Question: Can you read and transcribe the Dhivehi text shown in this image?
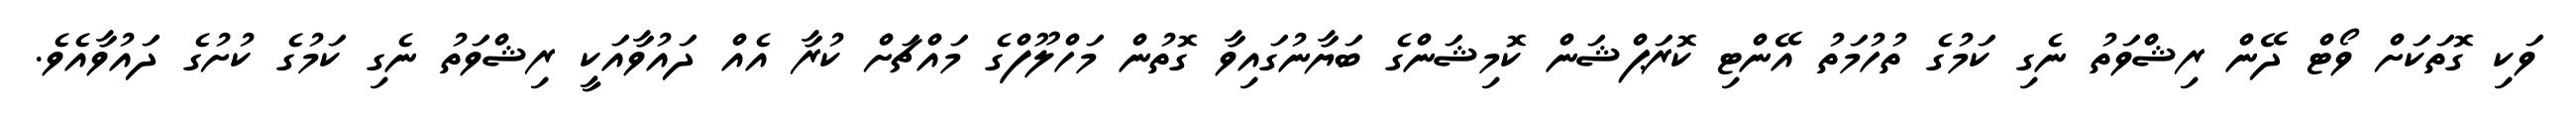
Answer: ވަކި ގޮތަކަށް ވޯޓް ދޭން ރިޝްވަތު ނެގި ކަމުގެ ތުހުމަތު އޭންޓި ކޮރަޕްޝަން ކޮމިޝަންގެ ބަޔާނުގައިވާ ގޮތުން މަހްލޫފްގެ މައްޗަށް ކުރާ އެއް ދައުވާއަކީ ރިޝްވަތު ނެގި ކަމުގެ ކުށުގެ ދައުވާއެވެ.